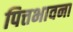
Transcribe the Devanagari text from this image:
पित्तभावना